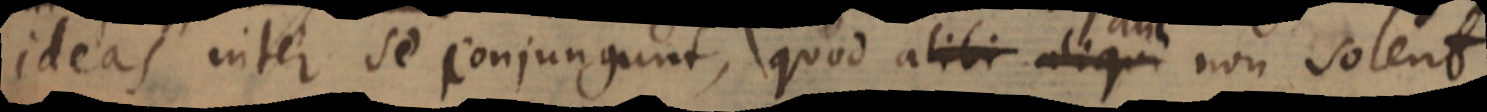
ideas inter se conjungunt, quod alibi aliqu alii non solent